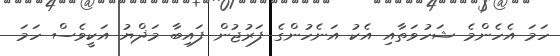
ހަމަ އެހެންމެ ޝަހުވަތާއި އެކު އަނެހުންގެ ފަރުޖުން ފައިބާ މަޛްޔު އަކީވެސް ހަމަ